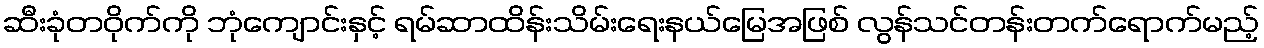
ဆီးခုံတဝိုက်ကို ဘုံကျောင်းနှင့် ရမ်ဆာထိန်းသိမ်းရေးနယ်မြေအဖြစ် လွန်သင်တန်းတက်ရောက်မည့်